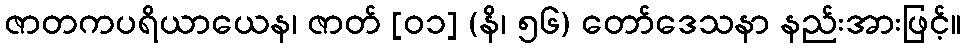
ဇာတကပရိယာယေန၊ ဇာတ် [၀၁] (နိ၊ ၅၆) တော်ဒေသနာ နည်းအားဖြင့်။